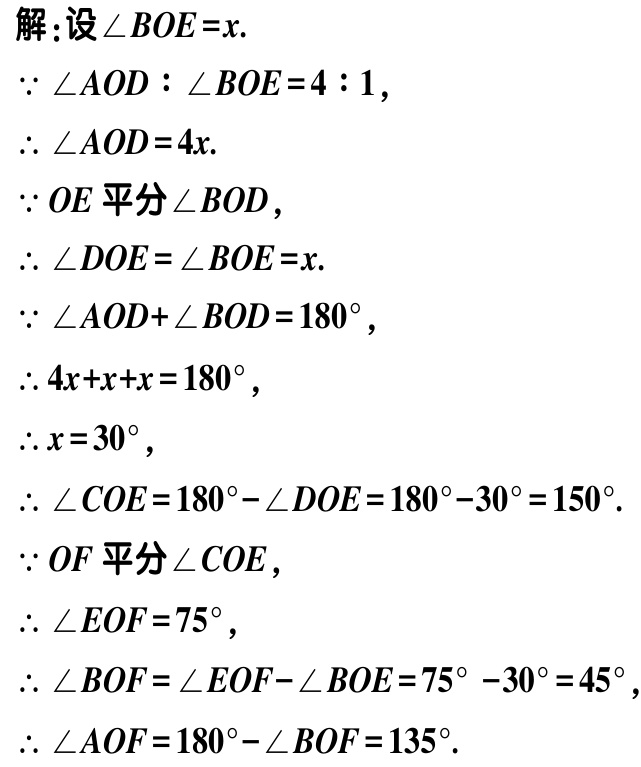
解:设\(\angle BOE = x\).
\(\because \angle AOD:\angle BOE = 4:1\),
\(\therefore \angle AOD = 4x\).
\(\because OE\)平分\(\angle BOD\),
\(\therefore \angle DOE=\angle BOE = x\).
\(\because \angle AOD+\angle BOD = 180^{\circ}\),
\(\therefore 4x + x + x = 180^{\circ}\),
\(\therefore x = 30^{\circ}\),
\(\therefore \angle COE = 180^{\circ}-\angle DOE = 180^{\circ}-30^{\circ}=150^{\circ}\).
\(\because OF\)平分\(\angle COE\),
\(\therefore \angle EOF = 75^{\circ}\),
\(\therefore \angle BOF=\angle EOF - \angle BOE = 75^{\circ}-30^{\circ}=45^{\circ}\),
\(\therefore \angle AOF = 180^{\circ}-\angle BOF = 135^{\circ}\).